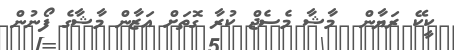
ކީކޭ ރަޔާން  މާޝާ މެސެޖް ކުރާ ގޮތަށް އަޒާން މާޝާގެ ފޯނުން